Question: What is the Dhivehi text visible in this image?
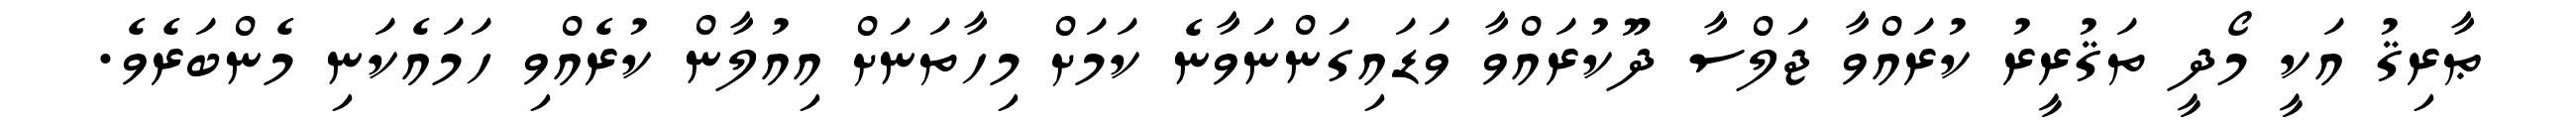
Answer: ޠާރިޤު އަކީ މޯދީ ތަޤުރީރު ކުރައްވާ ޖަލްސާ ދޫކުރައްވާ ވަޑައިގަންނަވާނެ ކަމަށް މިހާތަނަށް އިއުލާން ކުރެއްވި ހަމައެކަނި މެންބަރެވެ.